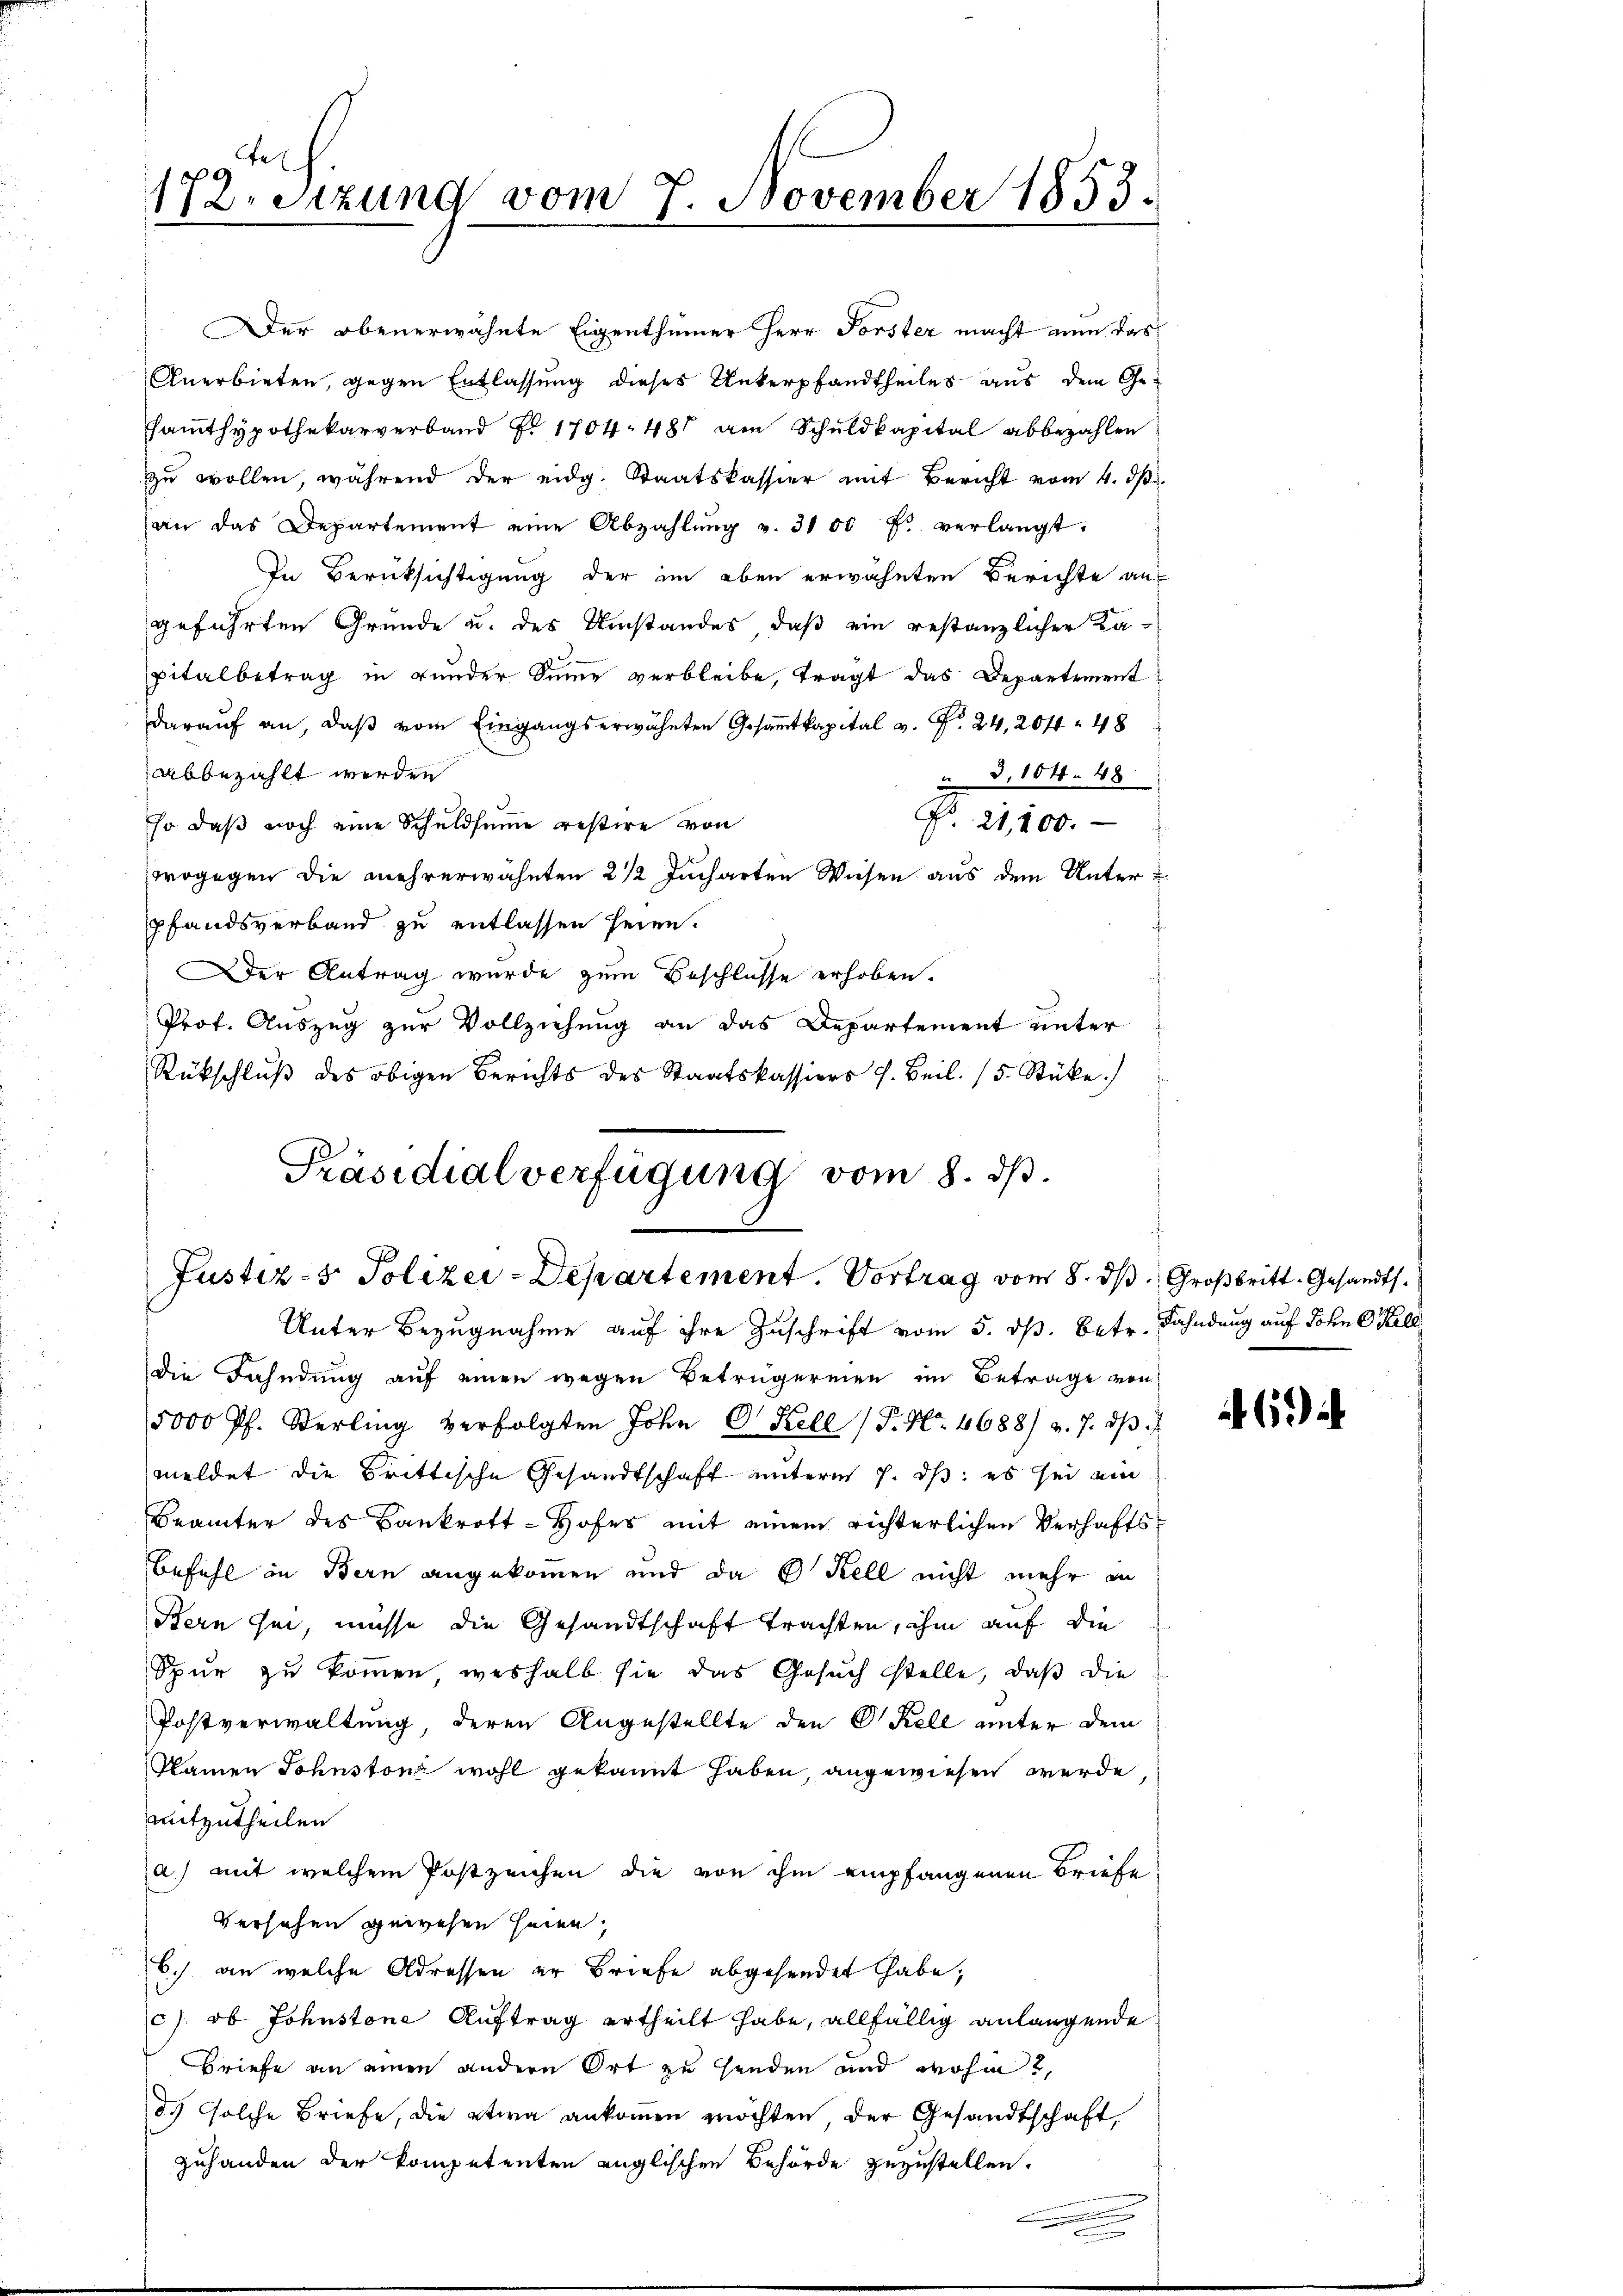
172. Sitzung vom 7. November 1853.
.

Der obenerwähnte Eigenthümer Herr Forster macht nun das
Anerbieten, gegen Entlassung dieses Unterpfandtheiles aus dem Gesamthypothekarverband F. 1704. 481 am Schuldkapital abbezahlen
zu wollen, während der eidg. Staatskassier mit Bericht vom 4. dß.
an das Departement eine Abzahlŭng v. 3100 f. verlangt.
In Berücksichtigung der im eben erwähnten Berichte aus
geführten Gründe u. des Umstandes, daß ein restanzlicher Kapitalbetrag in runder Sinne verbleibe, tragt das Departement
darauf an, daβ vom Eingangserwähnten Gesamtkapital v. Fr. 24, 204. 48
abbezahlt werden
i d. 104. 48.
F. 21,200.
Eso daß noch eine Schuldsumme restire von
wogegen die mehrerwähnten 2 1/2 Jucharten Wiesen aus dem Unterpfandsverband zu entlassen seien.
Der Antrag wurde zum Beschlusse erhoben.
Prof. Auszug zur Vollziehung an das Departement unter
Rückschlŭβ des obigen Berichts des Staatskassiers J. Beil. 15. Stüke.)
Präsidialverfügung vom 8. dß.

Justiz- & Polizei-Departement. Vortrag vom 8. ds. Großbritt. Gesandts¬

Unter Bezugnahme auf ihre Zuschrift vom 5. ds. betr. Fahndung auf Sohn C. Kell
die Fahndung auf einen wegen Betrügereien im Betrage von
5000 Pf. Sterling verfolgten John Dr Kell (T. Nr. 4688/ v. 7. dβ
meldet die Brittische Gesandtschaft unterm 7. ds. es sei ein
Brämter des Bankrott - Hofes mit einem richterlichen Verhafts¬
Befehl in Bern angekommen und da b Kell nicht mehr an
Bern sei, müsse die Gesandtschaft trachten, ihm auf die
Spur zu kommen, weshalb sie das Gesuch stelle, daß die
Postverwaltung, deren Angestellte den Kell unter dem
Namen Sohnstoni wohl gekannt haben, angewiesen werde,
mitzutheilen
a.) mit welchem Postzeichen die von ihm empfangenen Briefe
Versehen gewesen seien,
6.) an welche Adressen er Briefe abgesendet habe,
c) ob Johnstone Auftrag ertheilt habe, allfällig anlangende
Briefe an einen andern Ort zu senden und wohin 2
d.) solche Briefe, die etwa ankommen möchten, der Gesandtschaft,
zuhanden der Kompetenten englischen Behörde zuzustellen.

6)